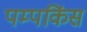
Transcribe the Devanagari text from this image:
पम्पकिंस